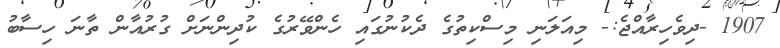
1907 -ދިވެހިރާއްޖެ:- މިއަލަނި މިސްކިތުގެ ދެކުނުގައި ހެންވޭރުގެ ކުދިންނަށް ގުރުއާން ތާނަ ހިސާބު